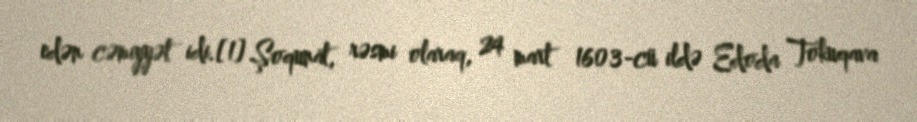
edən cəmiyyət idi.[1] Şoqunat, rəsmi olaraq, 24 mart 1603-cü ildə Edoda Tokuqava